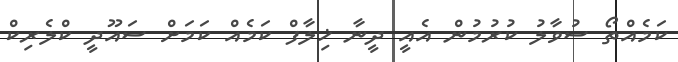
ކަމެއްތޯ ސުވާލު ކުރުމުން އެއީ ދީނާ ޚިލާފް ކަމެއް ކަމަށް ސައޫދީ ކްލެރިކް